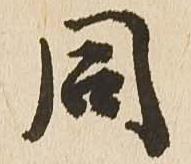
同